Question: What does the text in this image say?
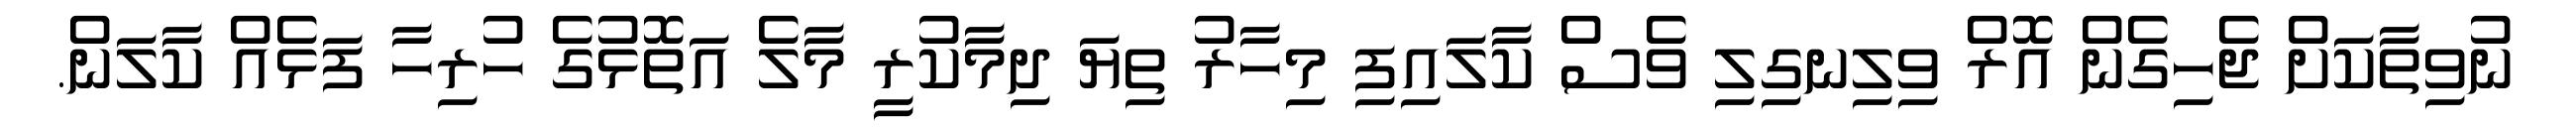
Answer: ނުވިތާކަށް ޖެހިގެން އޮރް ވިލިނގިލި ވެސް ކާލައިފި މިހާރު ތިޔަ ދިމާކުރީ މާލެ އަތޮޅުގެ ހުރިހާ ފަޅެއް ކާލަން.